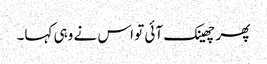
پھر چھینک آئی تو اس نے وہی کہا۔